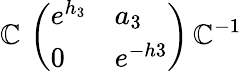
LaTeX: {\cal\mathbb{C}}\, \left(\begin{array}{ll}{{e^{h_{3}}}}&{{a_{3}}}\\ {{0}}&{{e^{-h3}}}\end{array}\right)\, {\cal\mathbb{C}}^{-1}